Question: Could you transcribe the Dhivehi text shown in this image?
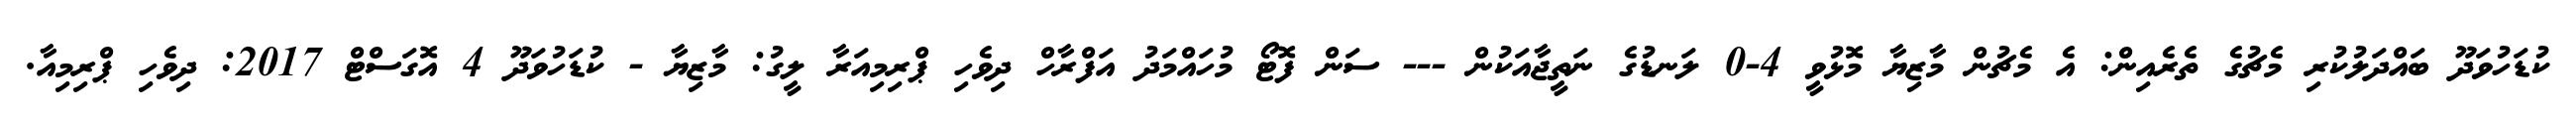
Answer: ކުޑަހުވަދޫ ބައްދަލުކުރި މެޗުގެ ތެރެއިން: އެ މެޗުން މާޒިޔާ މޮޅުވީ 4-0 ލަނޑުގެ ނަތީޖާއަކުން --- ސަން ފޮޓޯ މުހައްމަދު އަފްރާހް ދިވެހި ޕްރިމިއަރާ ލީގު: މާޒިޔާ - ކުޑަހުވަދޫ 4 އޮގަސްޓް 2017: ދިވެހި ޕްރިމިއާ.